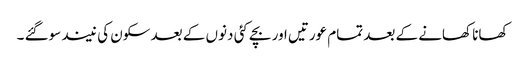
کھانا کھانے کے بعد تمام عورتیں اور بچے کئی دنوں کے بعد سکون کی نیند سوگئے ۔